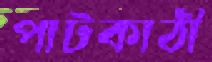
পাটকাঠী